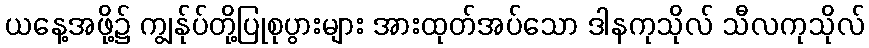
ယနေ့အဖို့၌ ကျွန်ုပ်တို့ပြုစုပွားများ အားထုတ်အပ်သော ဒါနကုသိုလ် သီလကုသိုလ်